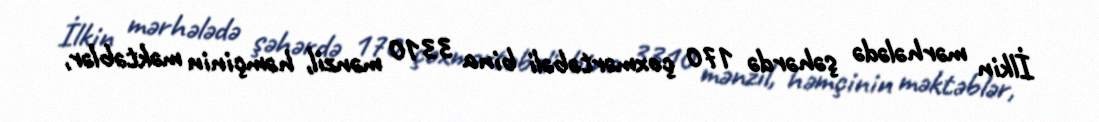
İlkin mərhələdə şəhərdə 170 çoxmərtəbəli bina 3310 mənzil, həmçinin məktəblər,